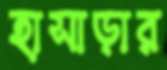
হাসাড়ার